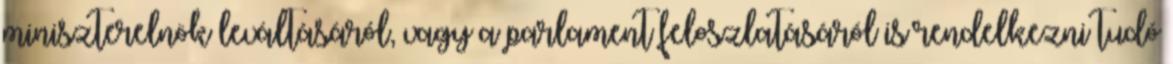
miniszterelnök leváltásáról, vagy a parlament feloszlatásáról is rendelkezni tudó